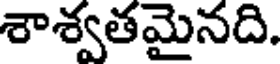
శాశ్వతమైనది.